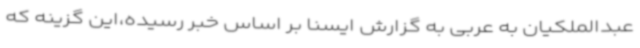
عبدالملکیان به عربی به گزارش ایسنا بر اساس خبر رسیده،این گزینه که